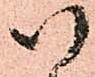
以